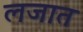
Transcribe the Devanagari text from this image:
लजात